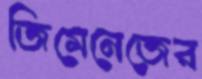
জিমেনেজের